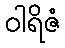
ဝါရိဇံ